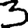
Digit: 3